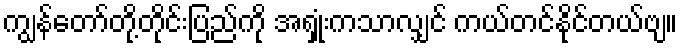
ကျွန်တော်တို့တိုင်းပြည်ကို အရှုံးကသာလျှင် ကယ်တင်နိုင်တယ်ဗျ။